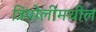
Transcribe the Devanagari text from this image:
त्रिपोलीमधील